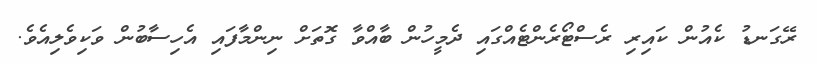
ރޭގަނޑު ކެއުން ކައިރި ރެސްޓޯރެންޓެއްގައި ދެމީހުން ބާއްވާ ގޮތަށް ނިންމާފައި އެހިސާބުން ވަކިވެލިއެވެ.